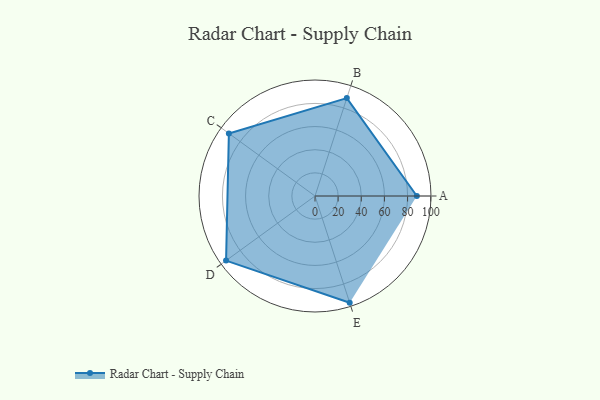
{"axis": {"x": "Skill", "y": "Score"}, "legend": ["Profile"], "data": [{"x": "A", "y": 88.0, "type": "Profile"}, {"x": "B", "y": 89.0, "type": "Profile"}, {"x": "C", "y": 92.0, "type": "Profile"}, {"x": "D", "y": 95.0, "type": "Profile"}, {"x": "E", "y": 97.0, "type": "Profile"}]}